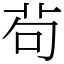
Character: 茍